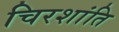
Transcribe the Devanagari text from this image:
चिरशांति